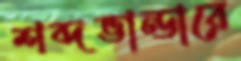
শব্দভান্ডারে